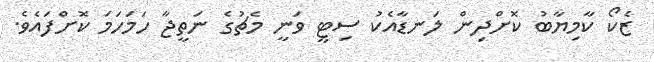
ޒެކޯ ކާމިޔާބު ކޮށްދިން ލަނޑާއެކު ސިޓީ ވަނީ މެޗުގެ ނަތީޖާ ހަމަހަމަ ކޮށްފައެވެ.